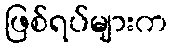
ဖြစ်ရပ်များက